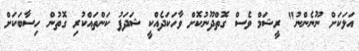
އަލަކަށް ނޫނެންނު" ރީޝަމް ވެސް ގޮތްދޫނުކޮށް ވާހަކަދެއްކީ ޝަދަފު ކަންތައްކުރި ގޮތުން ހިސާބަކަށް